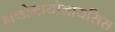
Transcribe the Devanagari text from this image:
हाब्ड़ोमायोलायसिस